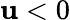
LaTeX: \mathbf{u}<0